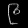
Digit: ၉